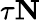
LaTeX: \tau\le N